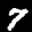
Label: 7